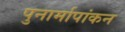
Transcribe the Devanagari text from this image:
पुनार्मापांकन